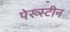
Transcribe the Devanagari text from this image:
पेख्स्टीन